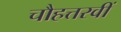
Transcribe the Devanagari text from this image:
चौहत्तरवीं